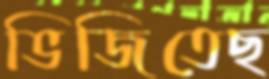
ভিজিতেছ